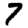
Digit: 7